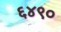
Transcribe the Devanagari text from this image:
६४९०